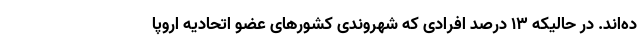
ده‌اند. در حالیکه ۱۳ درصد افرادی که شهروندی کشورهای عضو اتحادیه اروپا